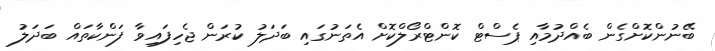
ބޭނުންކޮށްގެން ބެއްދުމާއި ޕެސްޓް ކޮންޓްރޯލްކޮށް އެތަނުގައި ބަދަލު ކުރަން ޖެހިފައިވާ ފަންކާތައް ބަދަލު